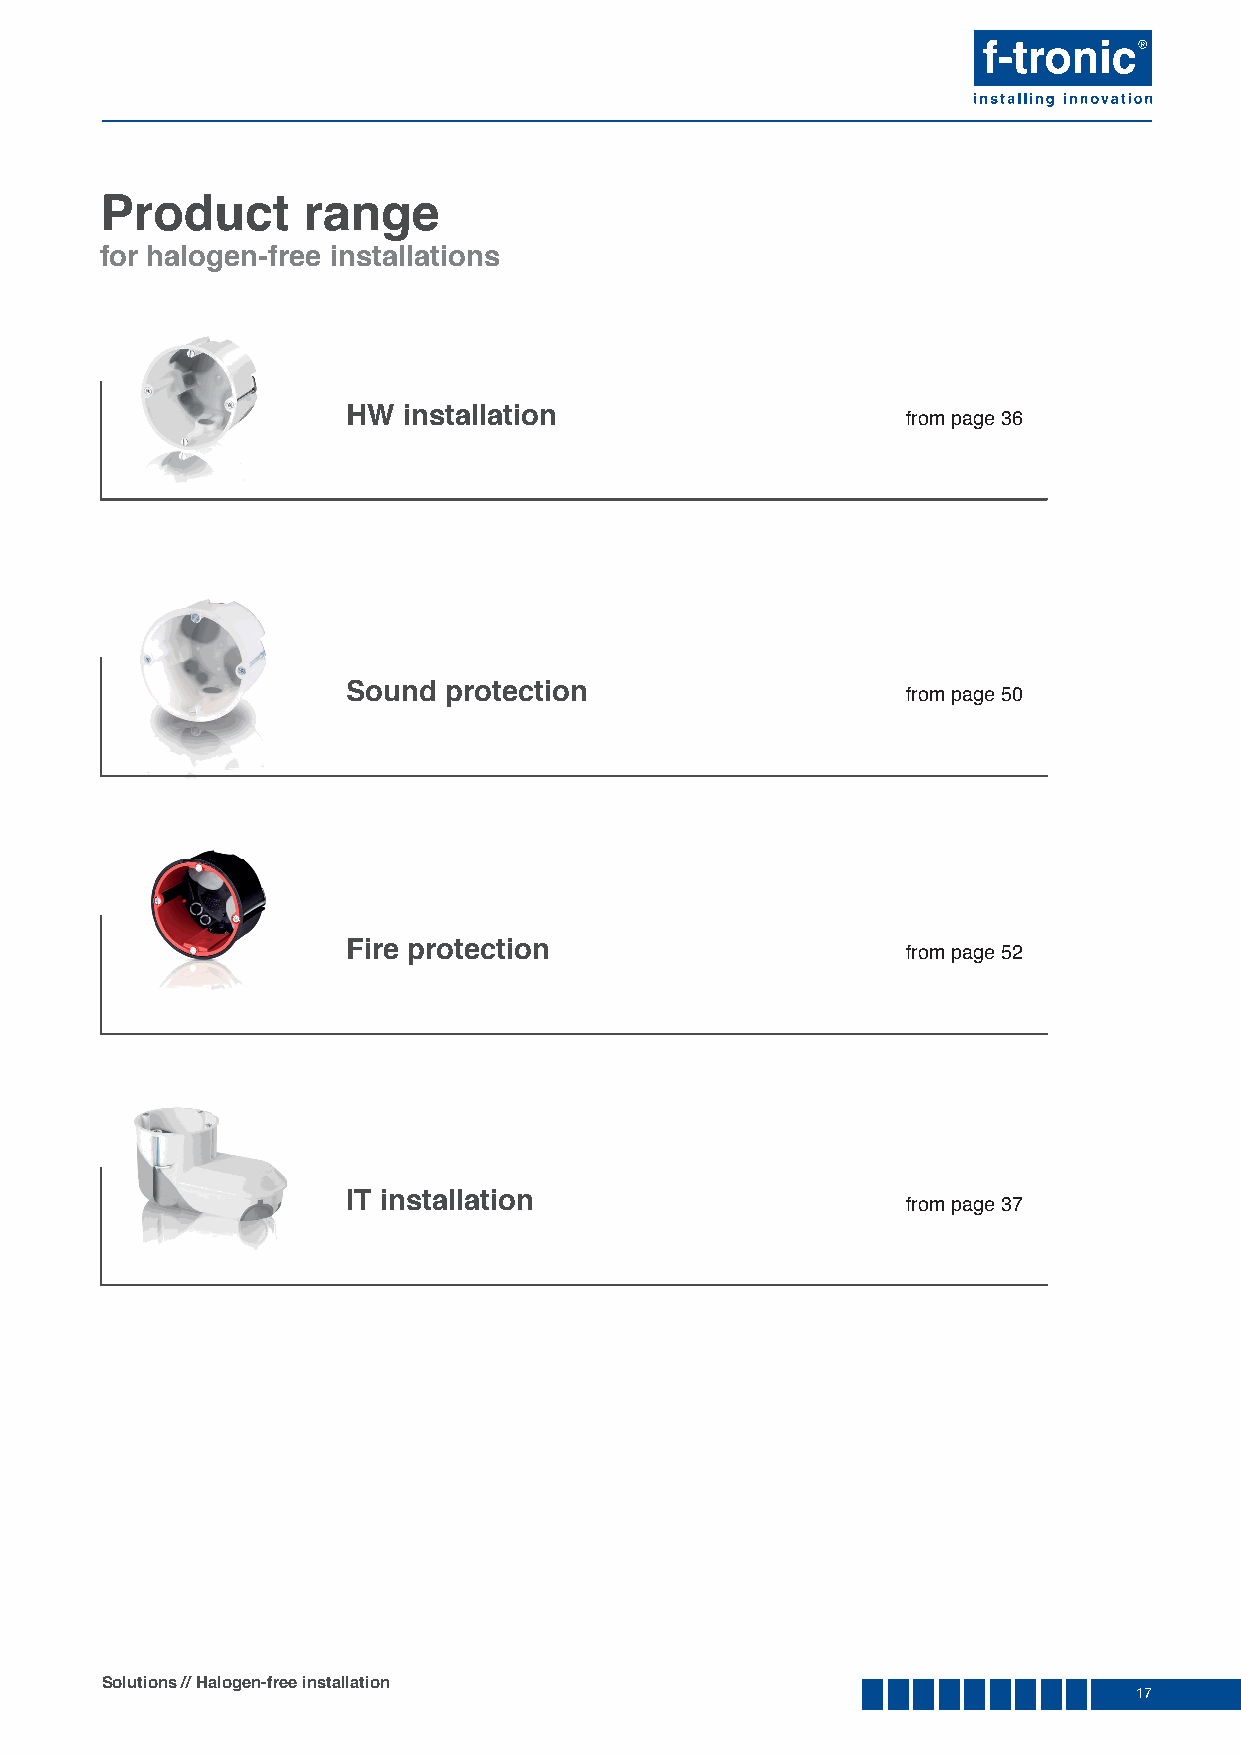
Product      range
 for halogen-free installations
 HW  installation                     from page 36
 Sound protection                     from page 50
 Fire protection                      from page 52
 IT installation                      from page 37
 Solutions // Halogen-free installation
 17